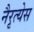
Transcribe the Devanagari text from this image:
नैरृत्येस